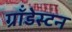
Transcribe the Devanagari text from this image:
ग्रॉंडेस्टन